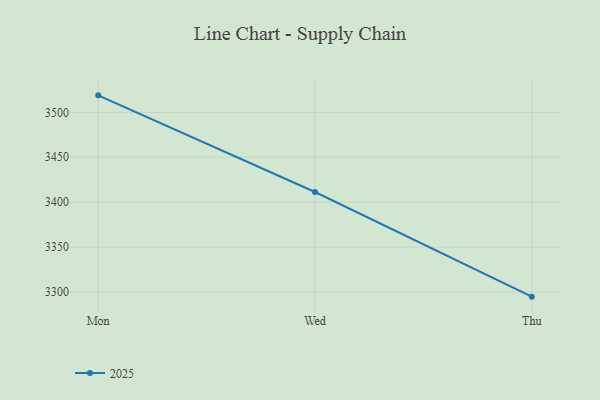
{"axis": {"x": "Day", "y": "Tickets Resolved"}, "legend": ["2025"], "data": [{"x": "Mon", "y": 3518.9, "type": "2025"}, {"x": "Wed", "y": 3411.3, "type": "2025"}, {"x": "Thu", "y": 3294.8, "type": "2025"}]}